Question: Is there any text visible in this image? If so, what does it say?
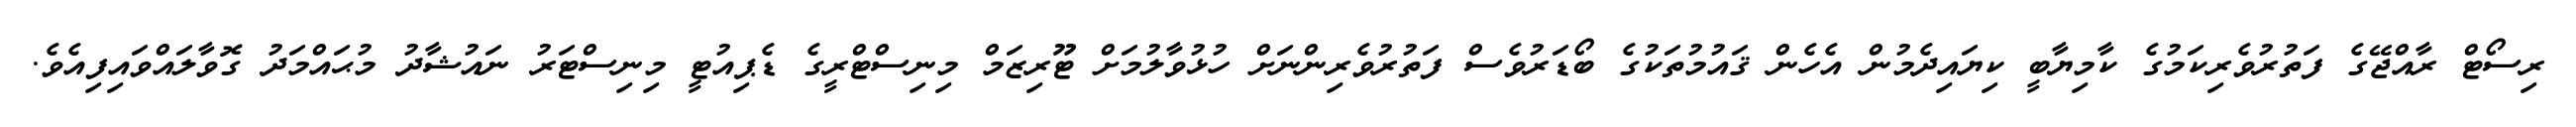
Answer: ރިސޯޓް ރާއްޖޭގެ ފަތުރުވެރިކަމުގެ ކާމިޔާބީ ކިޔައިދެމުން އެހެން ޤައުމުތަކުގެ ބޯޑަރުވެސް ފަތުރުވެރިންނަށް ހުޅުވާލުމަށް ޓޫރިޒަމް މިނިސްޓްރީގެ ޑެޕިއުޓީ މިނިސްޓަރު ނައުޝާދު މުޙައްމަދު ގޮވާލައްވައިފިއެވެ.